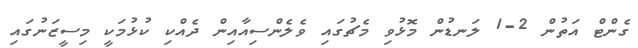
ގެންޓް އަތުުން 2-1 ލަނޑުން މޮޅުވި މެޗުގައި ވެލެންސިއާއިން ދެއްކި ކުޅުމަކީ މިސީޒަނުގައި